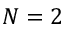
N = 2